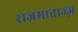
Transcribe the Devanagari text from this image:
राजमाताज्ज़